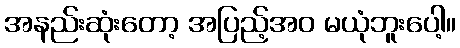
အနည်းဆုံးတော့ အပြည့်အဝ မယုံဘူးပေါ့။